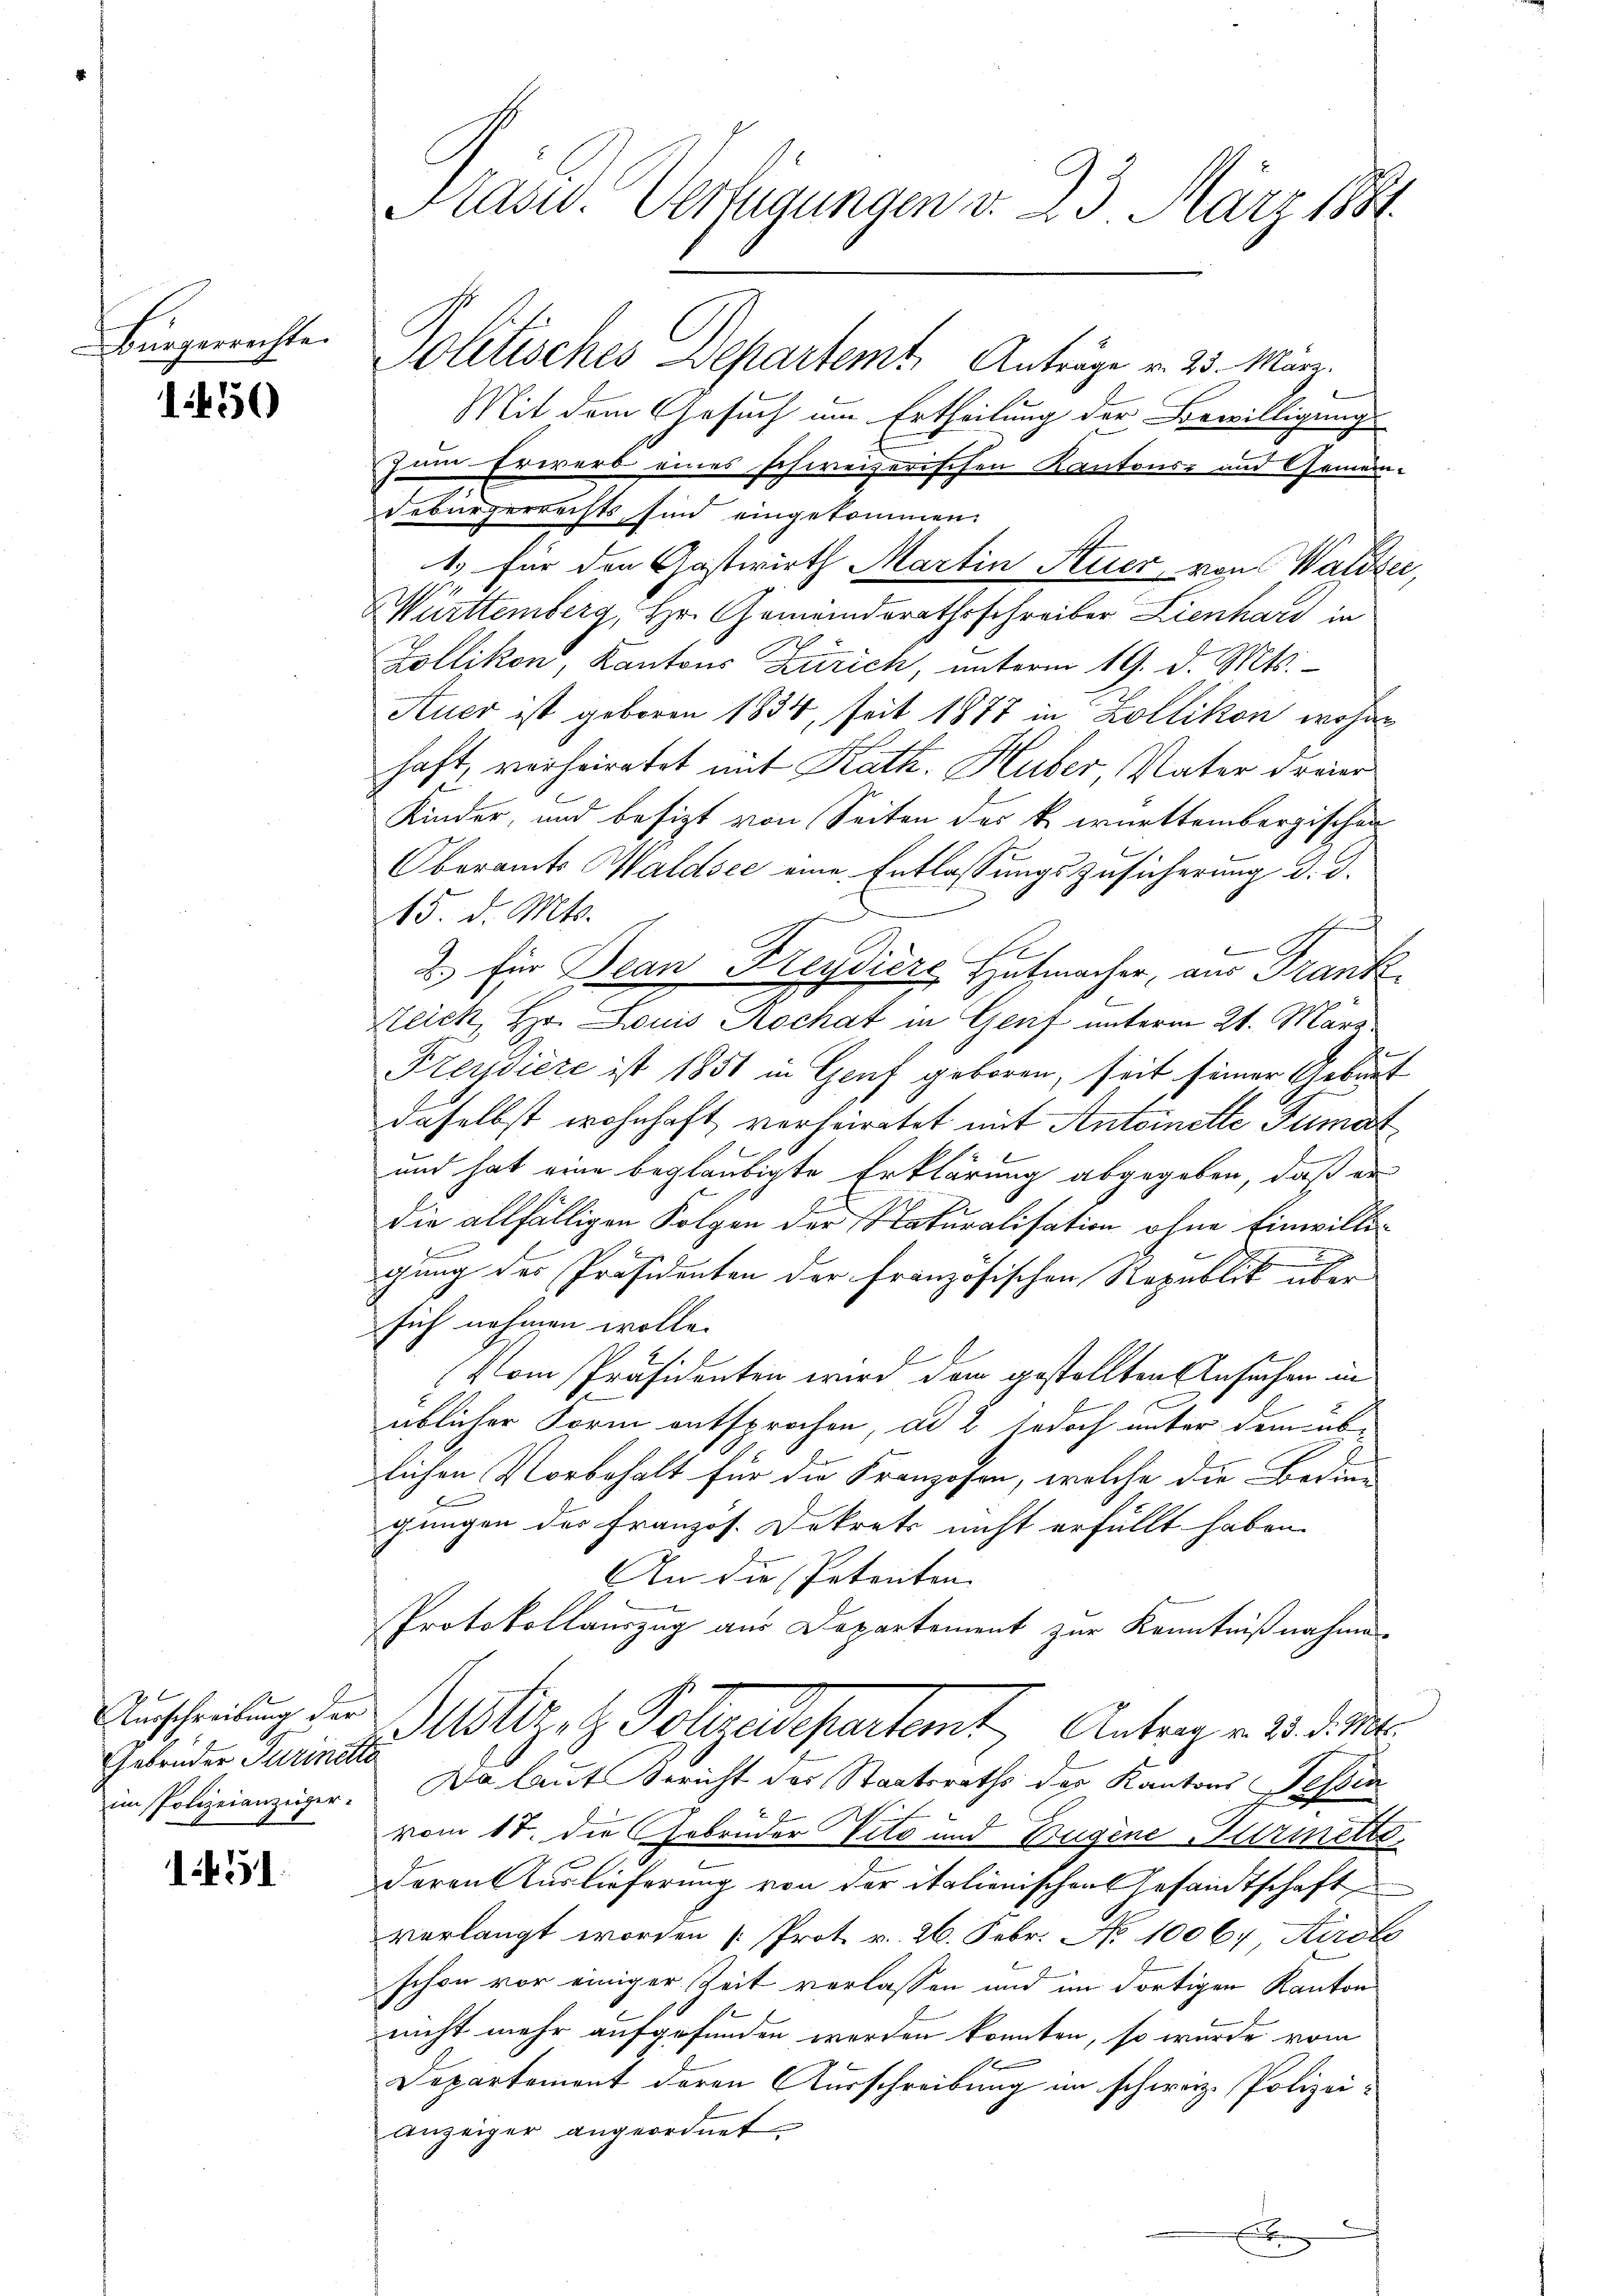
Bürgerrechte.

450

Ausschreibung der
Gebrüder Turinette

1451.

Politisches Departemt. Anträge v. 25. März.
Mit dem Gesuch um Ertheilung der Bewilligung
zum Erwerb eines schweizerischen Kantons- und Gemein-
debürgerrechts sind eingekommen.
1.) für den Gastwirth Martin Auer, von Waldser,
Württemberg, Hr. Gemeinderathsschreiber Lienhard in
Zollikon, Kantons Zürich, unterm 19. d. Mts.
Auer ist geboren 1834, seit 1877 in Zollikon wohne
haft, verheiratet mit Kath. Huber Vater dreier
Kinder, und besizt von Seiten des k. württembergischen
Oberamts Waldsee eine Entlassungszusicherung d. d.
15. d. Mts.
a
e
2.) für Dean Keydiere Hutmacher, aus Frank¬
Zeich, Hr. Louis Rochat in Genf unterm 21. März
Freudiere ist 1851 in Genf geboren, seit seiner Geburt
daselbst wohnhaft verheiratet mit Antoinette Tumat
und hat eine beglaubigte Erklärung abgegeben, daß er
die allfälligen Folgen der Naturalisation ohne Einwilligung des Präsidenten der französischen Republik über
sich nehmen wolle.
Vom Präsidenten wird den gestellten Ansuchen in
üblicher Form entsprochen, ad 2 jedoch unter dem üblichen Vorbehalt für die Franzosen, welche die Bedin-
gungen der Französ. Dekrets nicht erfüllt haben.
An die Petenten
Protokollauszug aus Departement zur Kenntnißnahme
Mlizit Pelzedepartamt Antrag v. 23. d. M.
im Polizeianziger. Da laut Bericht des Staatsraths der Kantons Tessin
f
vom 17. die Gebrüder tito und Tugene Turmette
deren Auslieferung von der italienischen Gesandtschaft
verlangt worden Prot. v. 26. Febr. No 10067, Kirche
schon vor einiger Zeit verlassen und im dortigen Kanton
nicht mehr aufgefunden werden konnten, so wurde vom
Departement deren Ausschreibung im schweiz. Polizei-
anzeiger angeordnet.
E

Kasw. Verfügungen v. 23 März 1881